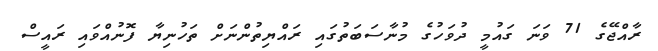
ރާއްޖޭގެ 71 ވަނަ ގައުމީ ދުވަހުގެ މުނާސަބަތުގައި ރައްޔިތުންނަށް ތަހުނިޔާ ފޮނުއްވައި ރައީސް